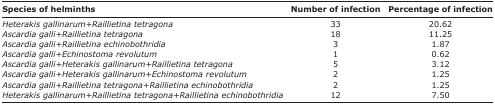
| Species of helminths | Number of infection | Percentage of infection |
 | --- | --- | --- |
 | Heterakis gallinarum+Raillietina tetragona | 33 | 20.62 |
 | Ascardia galli+Raillietina tetragona | 18 | 11.25 |
 | Ascardia galli+Raillietina echinobothridia | 3 | 1.87 |
 | Ascardia galli+Echinostoma revolutum | 1 | 0.62 |
 | Ascardia galli+Heterakis gallinarum+Raillietina tetragona | 5 | 3.12 |
 | Ascardia galli+Heterakis gallinarum+Echinostoma revolutum | 2 | 1.25 |
 | Ascardia galli+Raillietina tetragona+Raillietina echinobothridia | 2 | 1.25 |
 | Heterakis gallinarum+Raillietina tetragona+Raillietina echinobothridia | 12 | 7.50 |